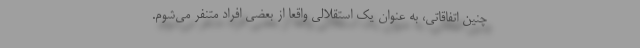
چنین اتفاقاتی، به عنوان یک استقلالی واقعاً از بعضی افراد متنفر می‌شوم.